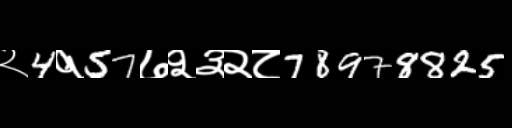
Text: २4१57७२३२८78978825